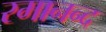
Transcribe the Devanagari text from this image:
रमानन्द